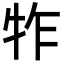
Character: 㸲